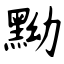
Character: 黝